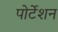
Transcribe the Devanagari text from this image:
पोर्टेशन